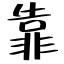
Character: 靠